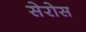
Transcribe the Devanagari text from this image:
सेरोस